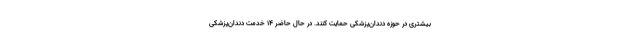
بیشتری در حوزه دندان‌پزشکی حمایت کنند. در حال حاضر ۱۴ خدمت دندان‌پزشکی